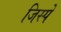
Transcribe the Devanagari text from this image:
जिस्पे